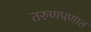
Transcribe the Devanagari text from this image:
तरुणपणात